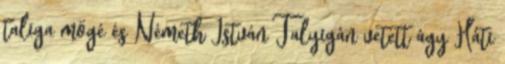
taliga mögé és Németh István Talyigán vetett ágy Háti